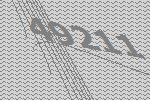
49211